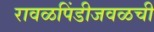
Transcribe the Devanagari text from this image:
रावळपिंडीजवळची